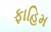
ફાહિમ